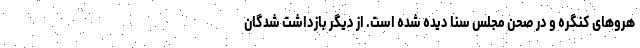
هروهای کنگره و در صحن مجلس سنا دیده شده است. از دیگر بازداشت شدگان